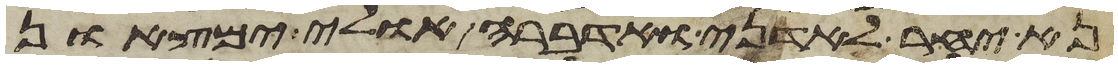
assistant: נא יחר לאדני ואדברה אולי ימצאון